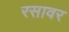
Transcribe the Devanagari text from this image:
रसावर